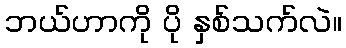
ဘယ်ဟာကို ပို နှစ်သက်လဲ။